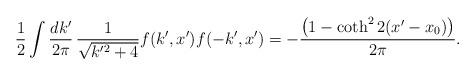
LaTeX: \begin{align*}\frac{1}{2}\int\frac{dk'}{2\pi}\,\frac{1}{\sqrt{k'^{2}+4}}f(k',x')f(-k',x')=-\frac{\left(1-\coth^{2}2(x'-x_{0})\right)}{2\pi}.\end{align*}